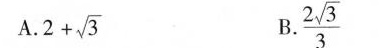
A.$$2 + \sqrt { 3 }$$ B. \frac{2\sqrt{3} }{3}